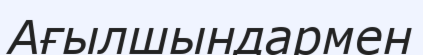
Ағылшындармен